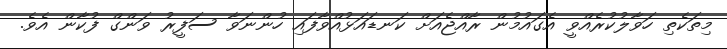
މިތަކެތި ހަވާލުކުރެއްވީ އެގައުމުން ރާއްޖެއަށް ކަނޑައަޅުއްވާފައި ހުންނަވާ ސަފީރު ވަންގް ފުކާން އެވެ.